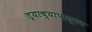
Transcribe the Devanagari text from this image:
त्याच्यापासूनच